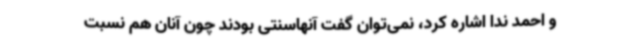
و احمد ندا اشاره کرد، نمی‌توان گفت آنهاسنتی بودند چون آنان هم نسبت